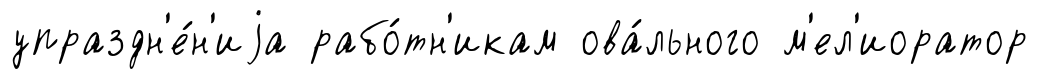
упраздн'е́н'иjа рабо́тн'икам ова́льного м'ел'иоратор